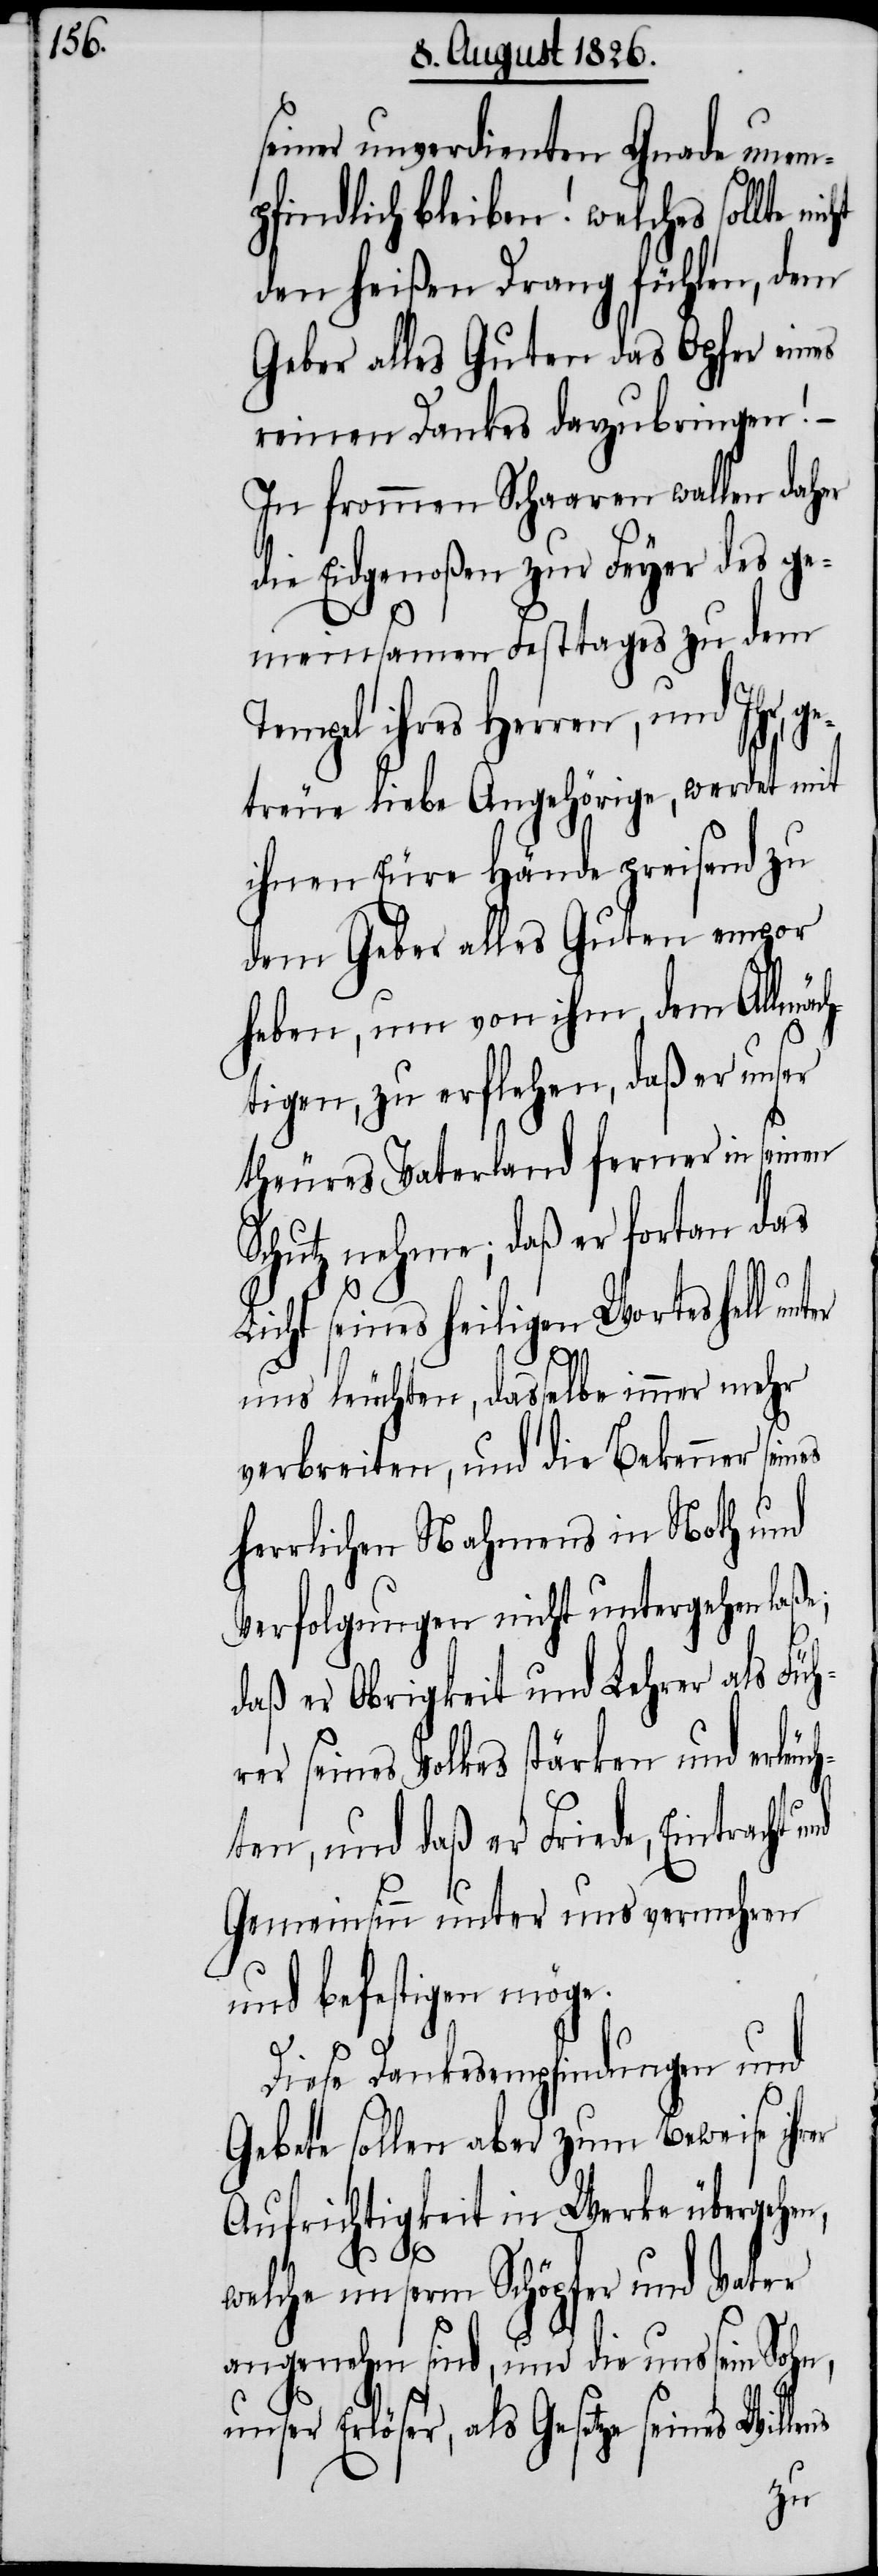
seiner unverdienten Gnade unem¬
pfindlich bleiben! Welches sollte
den heißen Drang fühlen, dem
Geber alles Guten das Opfer eines
reinen Dankes darzubringen!
In frommen Schaaren wallen daher
die Eidgenoßen zur Feyer des ge¬
meinsamen Festtages zu dem
Tempel ihres Herrn, und Ihr,
treue liebe Angehörige, werdet mit
ihnen Eure Hände preisend zu
dem Geber alles Guten empor
heben, um von ihm dem Allmäch¬
tigen, zu erflehen, daß er unser
theures Vaterland ferner in seinen
Schutz nehme; daß er fortan das
Licht seines heiligen Wortes hell un¬
ter
uns leuchten, dasselbe immer mehr
verbreiten, und die Bekenner seines
herrlichen Nahmens in Noth und
Verfolgungen nicht untergehen laße;
daß er Obrigkeit und Lehrer als Füh¬
rer seines Volkes stärken und erleuc¬
hten, und daß er Friede, Eintracht
Gemeinsinn unter uns vermehren
und befestigen möge.
ge¬
Diese Dankesempfindungen und
Gebete sollen aber zum Beweise ihr¬
Aufrichtigkeit in Werke übergehen,
er
welche unserm Schöpfer und Vater
angenehm sind, und die uns sein Sohn,
unser Erlöser, als Gesetze seines